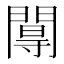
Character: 𨵏